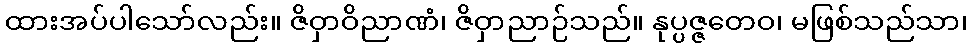
ထားအပ်ပါသော်လည်း။ ဇိဝှာဝိညာဏံ၊ ဇိဝှာညာဉ်သည်။ နုပ္ပဇ္ဇတေဝ၊ မဖြစ်သည်သာ၊